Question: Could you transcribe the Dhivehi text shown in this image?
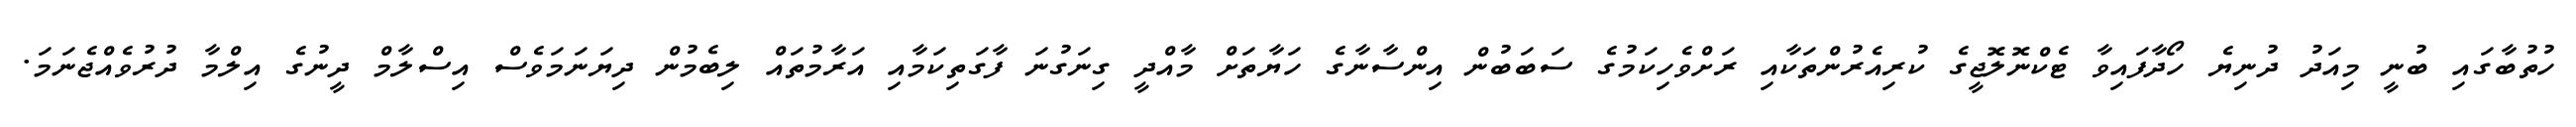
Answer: ހުތުބާގައި ބުނީ މިއަދު ދުނިޔެ ހޯދާފައިވާ ޓެކްނޮލޮޖީގެ ކުރިއެރުންތަކާއި ރަށްވެހިކަމުގެ ސަބަބުން އިންސާނާގެ ހަޔާތަށް މާއްދީ ގިނަގުނަ ފާގަތިކަމާއި އަރާމުތައް ލިބެމުން ދިޔަނަމަވެސް އިސްލާމް ދީނުގެ އިލްމާ ދުރުވެއްޖެނަމަ.